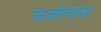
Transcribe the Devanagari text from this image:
फवेलास